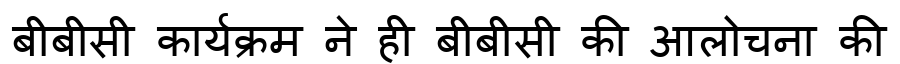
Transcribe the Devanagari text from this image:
बीबीसी कार्यक्रम ने ही बीबीसी की आलोचना की